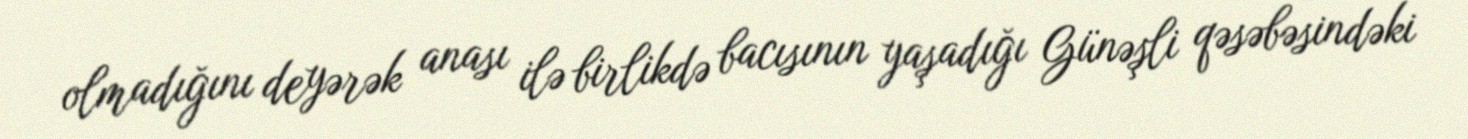
olmadığını deyərək anası ilə birlikdə bacısının yaşadığı Günəşli qəsəbəsindəki